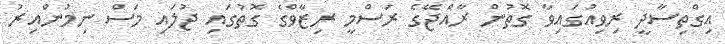
އިގްތިސާދީ ރިވިއުގައިވާ ގޮތުން ރާއްޖޭގެ ރަަސްމީ ރިޒާވްގެ ގޮތުގައި ޖުލައި މަސް ނިމުންއިރު